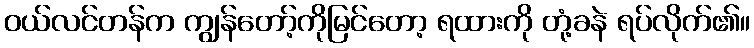
ဝယ်လင်တန်က ကျွန်တော့်ကိုမြင်တော့ ရထားကို တုံ့ခနဲ ရပ်လိုက်၏။